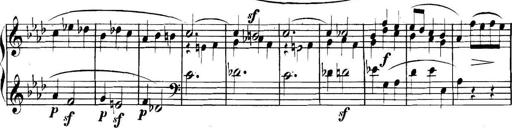
Title: Collected Piano Sonatas
Composer: Muzio Clementi